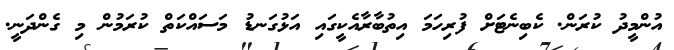
އުންމީދު ކުރަން. ކެބިނެޓަށް ފުރިހަމަ އިތުބާރާއެކީގައި އަޅުގަނޑު މަސައްކަތް ކުރަމުން މި ގެންދަނީ.